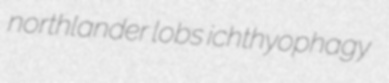
northlander lobs ichthyophagy